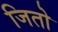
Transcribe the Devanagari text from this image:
जितो